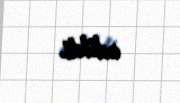
edildi.